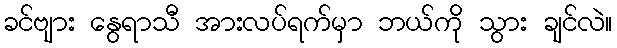
ခင်ဗျား နွေရာသီ အားလပ်ရက်မှာ ဘယ်ကို သွား ချင်လဲ။